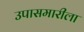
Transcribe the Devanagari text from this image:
उपासमारीला